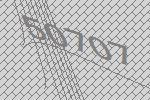
50707